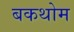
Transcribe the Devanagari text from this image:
बकथोम